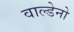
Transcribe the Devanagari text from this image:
वाल्डेनो